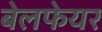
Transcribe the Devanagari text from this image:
बेलफेयर